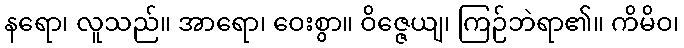
နရော၊ လူသည်။ အာရော၊ ဝေးစွာ။ ဝိဇ္ဇေယျ၊ ကြဉ်ဘဲရာ၏။ ကိမိဝ၊